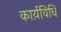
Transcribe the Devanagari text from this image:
कार्य़विधि